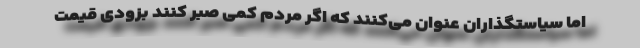
اما سیاستگذاران عنوان می‌کنند که اگر مردم کمی صبر کنند بزودی قیمت